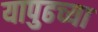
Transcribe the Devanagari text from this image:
यापुढच्या